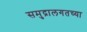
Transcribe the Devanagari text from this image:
समुद्रालगतच्या